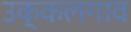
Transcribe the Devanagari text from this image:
उक्कलगाव